Calcutta medical institutions reports 1871-78
Year: 1871
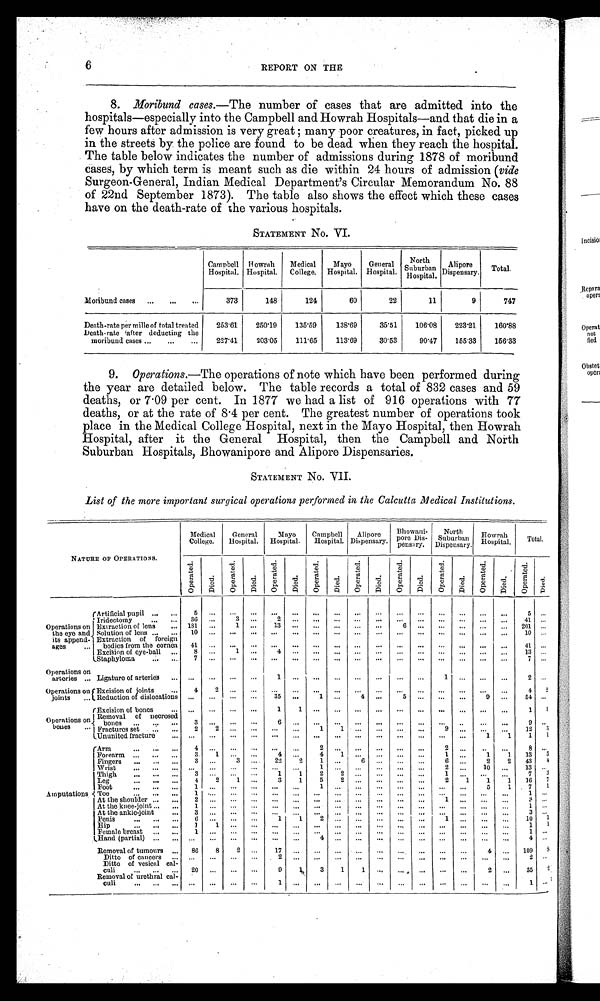
6
REPORT ON THE
aP
it
8. Moribund cases.—The number of cases that are admitted into the
hospitals—especially into the Campbell and Howrah Hospitals—and that die in a
few hours after admission is very great many poor creatures, in fact, picked up
in the streets by the police are found to be dead when they reach the hospital.
The table below indicates the number of admissions during 1878 of moribund
cases, by which term is meant such as die within 24 hours of admission (vide
Surgeon-General, Indian Medical Department's Circular Memorandum No. 88
of 22nd September 1873). The table also shows the effect which these cases
have on the death-rate of the various hospitals.
STATEMENT No. VI.
Campbell
Hospital.
Howrah
Hospital.
Medical
College.
Mayo
Hospital.
General
Hospital.
North
Suburban
Hospital.
Alipore
Dispensary. Total.
Moribund cases
373
148
124
60
22
11
9
747
Death-rate per mille of total treated
253.61
250.19
135.59
138.69
35.51
106.08
223.21
160.88
Leath-rate after deducting the
moribund cases
227.41
203.05
111.65
113.69
30.53
90.47
155.33
156.33
9. Operations.—The operations of note which have been performed during
the year are detailed below. The table records a total of 832 cases and 59
deaths, or 7.09 per cent. In 1877 we had a list of 916 operations with 77
deaths, or at the rate of 8.4 per cent. The greatest number of operations took
place in the Medical College Hospital, next in the Mayo Hospital, then Howrah
Hospital, after it the General Hospital, then the Campbell and North
Suburban Hospitals, Bhowanipore and Alipore Dispensaries.
STATEMENT No. VII.
List of the more important surgical operations performed in the Calcutta Medical Institutions.
NATURE OP OPERATIONS.
Medical
College.
General
Hospital.
Mayo
Hospital.
Campbell
Hospital.
Alipore
Dispensary.
Bhowani-
pore Dis-
pensary.
North
Suburban
Dispensary.
Howrah
Hospital.
Total .
Op e r a t e d .
Di e d.
Op e r a t e d .
Di ed.
Op e r a t e d .
Died. Op e r a t e d . Di ed.
Op e r a t e d .
Di ed.
Op e r a t e d .
Di ed.
Op e r a t e d .
Di ed.
Op e r a t e d .
Di e d . Op e r a t e d . Di ed
Operations on
the eye and
its append-
ages
Artificial pupil
5
... ... ... ... ... ... ... ... ... ... ... ... ... ... ...
5 ...
Iridectomy
36 ...
3 ...
2 ... ... ... ... ... ... ... ... ... ... ...
41 ...
Extraction of lens 181 ...
1 ...
1 3
... ... ... ... ... 6 ... ... ... ...
... 201 ...
Solution of lens
10 ... ... ... ... ... ... ... ...
... ... ... ...
...
... ...
10 ...
Extraction of foreign
bodies from the cornea 41 ... ... ... ...
... ... ... ...
... ... ... ... ... ... ...
41
...
Excision of eye-ball
8 ...
1 ...
4 ... ... ... ... ...
... ... ... ... ...
...
13 ...
Staphyloma
7 ... ... ... ... ... ... ... ... ... ... ... ... ... ... ...
7 ...
Operations on
arteries
Ligature of arteries
... ... ... ...
1 ... ... ... ... ...
... ...
1 ... ...
...
2 ...
Operations on
Joints
Excision of joints
4
2 ... ... ... ... ... ... ... ... ... ... ... ... ...
...
4
2
Reduction of dislocations ...
... ... ...
35 ...
1 ... 4 ...
5 ... ... ...
9 ...
54 ...
Operations on
bones
Excision of bones
... ... ... ...
1
1 ... ... ... ... ... ...
... ... ...
...
1
1
Removal of necrosed
bones
3 ...
... ...
6 ... ... ... ... ... ... ... ... ... ... ...
9
...
Fractures set
2
2 ...
... ... ...
1
1 ... ... ... ...
9 ... ...
...
12
3
Ununited fracture
... ... ... ... ... ... ... ... ... ... ... ... ... ...
1
1
1
1
Amputations
Arm
4 ...
... ... ...
...
2 ... ... ... ... ...
2 ... ... ...
8 ...
Forearm
3
1 ... ...
4 ...
4
1 ... ... ... ...
1 ...
1
1 13 3
Fingers
3 ...
3 ...
22
2
1 ...
6 ... ... ...
6 ...
2
2 43 4
Wrist
... ... ... ... ... ...
1 ... ... ... ... ...
2 ...
1 0...
13 ...
Thigh
3 ... ... ...
1
1
2
2 ... ... ... ...
1 ... ...
...
7 3
Leg
4
2 1 ...
3
1
5
2 ... ... ...
...
2
1
1
1 16 7
Foot
1 ...
... ...
... ...
1 ... ... ... ... ... ...
...
5
1
7 1
Toe
1 ... ... ... ... ...
... ... ... ... ... ...
... ... ...
... 1 ...
At the shoulder
2 ... ... ...
... ... ... ... ... ... ... ...
1 ... ... ...
3 ...
At the knee-joint
1 ... ...
... ... ... ... ... ... ... ... ... ... ... ... ...
1 ...
At the ankie-joint
3 ... ... ... ...
... ... ... ... ... ... ... ...
... ... ... 3 ...
Penis
6 ... ... ...
1
1 2 ... ...
... ... ...
... ...
... ...
10 1
Hip
1 1 ... ... ... ... ... ... ...
... ... ... ... ...
... ...
1 1
Female breast
1 ... ... ... ... ... ...
... ... ... ... ... ... ...
... ...
1 ...
Hand (partial)
... ... ... ...
...
...
4 ... ... ... ... ... ... ... ... ... 4 ...
Removal of tumours
86
8
2 ...
17 ... ... ... ...
... ... ... ... ...
4 ... 109
8
Ditto of cancers
... ... ... ...
2 ... ... ... ... ... ... ... ... ... ... ...
2 ...
cal-
Ditto of vesical cal-
culi culi
20
... ... ...
9
1
3
1
1
... ... ... ... ...
2
...
35
2
Removal of urethral cal-
culi
...
... ...
...
1 ... ... ... ...
... ... ... .... ... ...
... 1 ...